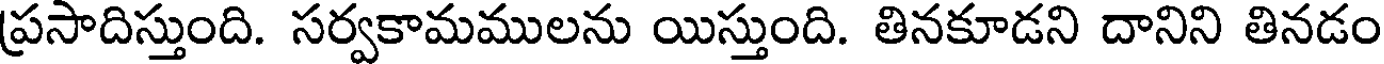
ప్రసాదిస్తుంది. సర్వకామములను యిస్తుంది. తినకూడని దానిని తినడం